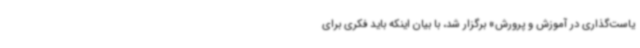
یاست‌گذاری در آموزش و پرورش» برگزار شد، با بیان اینکه باید فکری برای